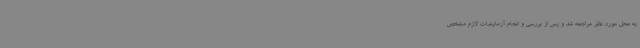
به محل مورد نظر مراجعه شد و پس از بررسی و انجام آزمایشات لازم مشخص